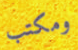
ومكتب